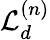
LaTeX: {\cal L}_{d}^{(n)}